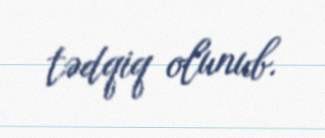
tədqiq olunub.